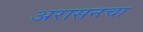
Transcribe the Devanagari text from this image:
अरासनचा